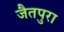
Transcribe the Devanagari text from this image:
जैतपुरा